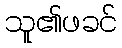
သူ၏ဖခင်